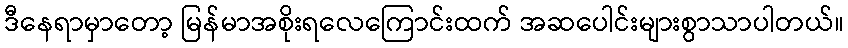
ဒီနေရာမှာတော့ မြန်မာအစိုးရလေကြောင်းထက် အဆပေါင်းများစွာသာပါတယ်။